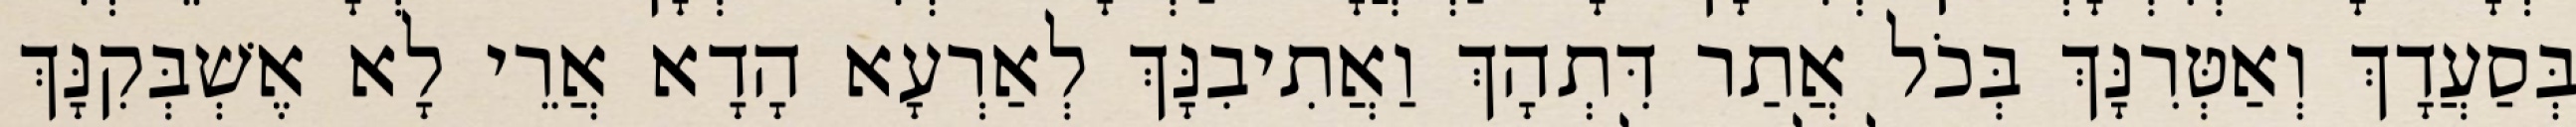
בְּסַעֲדָךְ וְאַטְּרִנָּךְ בְּכֹל אֲתַר דִּתְהָךְ וַאֲתִיבִנָּךְ לְאַרְעָא הָדָא אֲרֵי לָא אֶשְׁבְּקִנָּךְ